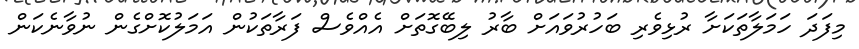
މިފަދަ ހަމަލާތަކަށާ ރުޅިވެރި ބަހުރުވައަށް ބާރު ލިބޭގޮތަށް އެއްވެސް ފަރާތަކުން އަމަލުކޮށްގެން ނުވާނެކަން